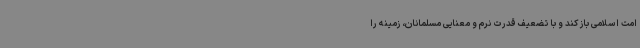
امت اسلامی باز کند و با تضعیف قدرت نرم و معنایی مسلمانان، زمینه را